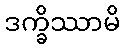
ဒက္ခိဿာမိ